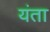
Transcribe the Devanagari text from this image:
यंता